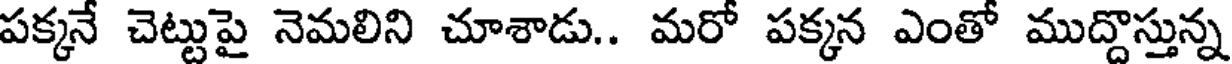
పక్కనే చెట్టుపై నెమలిని చూశాడు.. మరో పక్కన ఎంతో ముద్దొస్తున్న